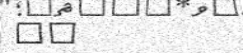
٢٨